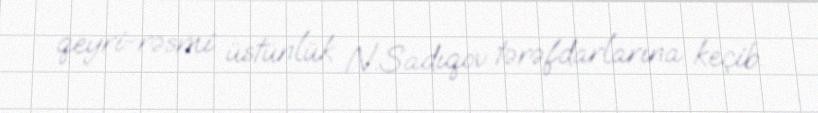
qeyri-rəsmi üstünlük N.Sadıqov tərəfdarlarına keçib.